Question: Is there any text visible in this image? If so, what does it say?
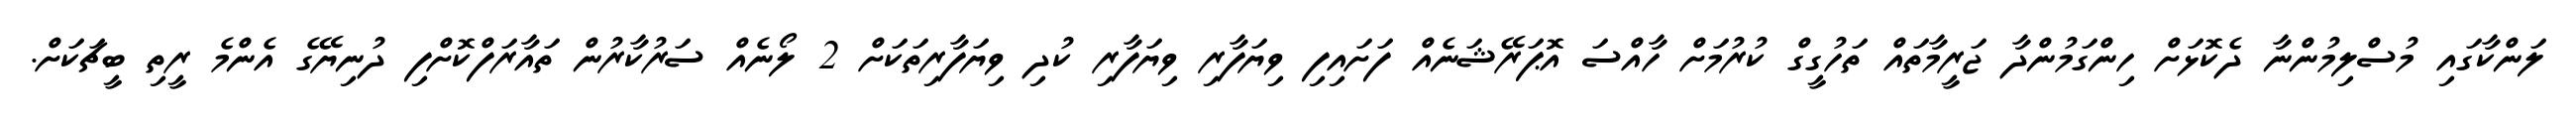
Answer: ލަންކާގައި މުސްލިމުންނާ ދެކޮޅަށް ހިންގަމުންދާ ޖަރީމާތައް ތަހުގީގް ކުރުމަށް ހާއްސަ އޮޕަރޭޝަނެއް ފަށައިފި ވިޔަފާރި ވިޔަފާރި ކުދި ވިޔަފާރިތަކަށް 2 ލޯނެއް ސަރުކާރުން ތައާރަފްކޮށްފި ދުނިޔޭގެ އެންމެ ރީތި ބީޗަކަށް.